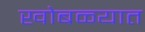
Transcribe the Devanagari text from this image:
खोबळ्यात